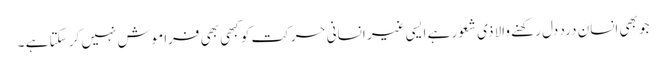
جو بھی انسان درد دل رکھنے والا ذی شعور ہے ایسی غیر انسانی حرکت کو کبھی بھی فراموش نہیں کر سکتا ہے ۔